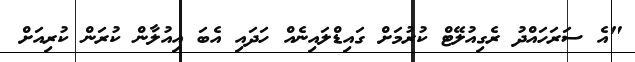
"އެ ސަރަހައްދު ރެގިއުލޭޓް ކުރުމަށް ގައިޑްލައިނެއް ހަދައި އެބަ އިއުލާން ކުރަން ކުރިއަށް